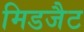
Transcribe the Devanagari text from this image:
मिडजैट